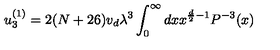
u _ { 3 } ^ { ( 1 ) } = 2 ( N + 2 6 ) v _ { d } \lambda ^ { 3 } \int _ { 0 } ^ { \infty } { d x } x ^ { \frac { d } { 2 } - 1 } P ^ { - 3 } ( x )